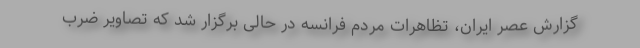
گزارش عصر ایران، تظاهرات مردم فرانسه در حالی برگزار شد که تصاویر ضرب